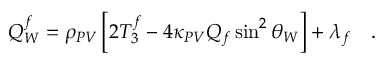
Q _ { W } ^ { f } = \rho _ { P V } \left[ 2 T _ { 3 } ^ { f } - 4 \kappa _ { P V } Q _ { f } \sin ^ { 2 } \theta _ { W } \right] + \lambda _ { f } \ \ \ .